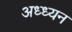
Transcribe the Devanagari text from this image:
अध्ध्यन